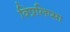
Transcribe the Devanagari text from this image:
विप्रलिप्सा